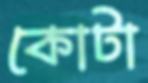
কোটা